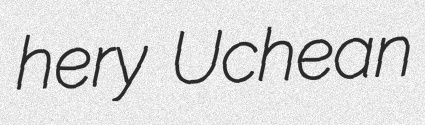
hery Uchean